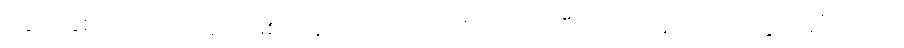
ဒွေပိ၊ နှစ်ယောက်လည်းဖြစ်ကုန်သော။ တာ၊ ထိုသတို့သမီးတို့ကို။ မင်္ဂလံ ကတွာ၊ မင်္ဂလာကို